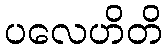
ပလေဟိတိ